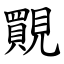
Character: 䚑